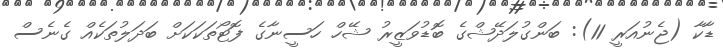
ޑާކާ (ޖެނުއަރީ 11): ބަންގުލަދޭޝްގެ ބޮޑުވަޒީރު ޝޭހް ހަސީނާގެ ފޮޓޯތަކަކަށް ބަދަލުތަކެއް ގެނެސް